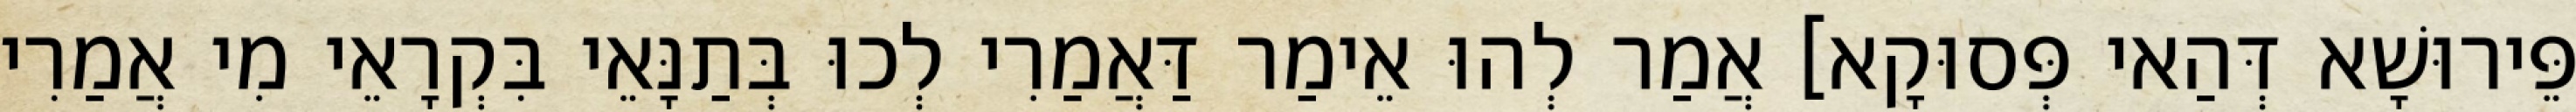
פֵּירוּשָׁא דְּהַאי פְּסוּקָא] אֲמַר לְהוּ אֵימַר דַּאֲמַרִי לְכוּ בְּתַנָּאֵי בִּקְרָאֵי מִי אֲמַרִי